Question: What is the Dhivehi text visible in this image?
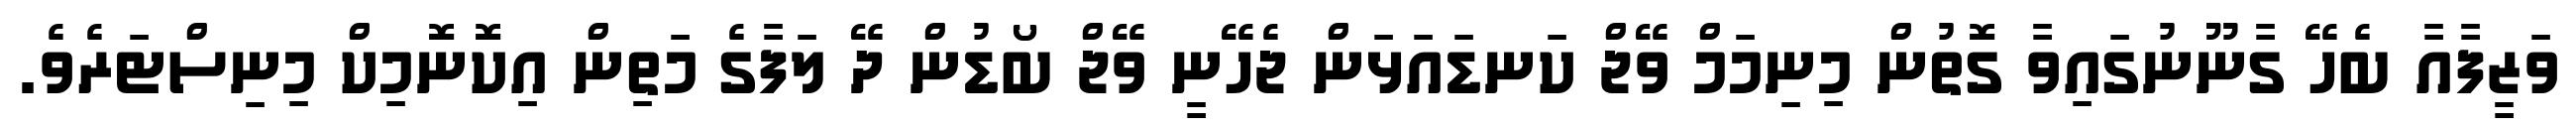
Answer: ވަޒީފާއާ ބެހޭ ގާނޫނުގައިވާ ގޮތުން މިނިމަމް ވޭޖް ކަނޑައަޅަން ޖެހޭނީ ވޭޖް ބޯޑުން ދޭ ލަފާގެ މަތިން އިކޮނޮމިކް މިނިސްޓަރެވެ.